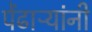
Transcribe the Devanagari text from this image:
पेंढाऱ्यांनी